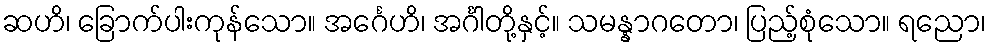
ဆဟိ၊ ခြောက်ပါးကုန်သော။ အင်္ဂေဟိ၊ အင်္ဂါတို့နှင့်။ သမန္နာဂတော၊ ပြည့်စုံသော။ ရညော၊